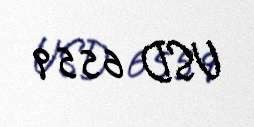
USD 6559